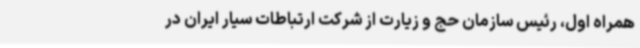
همراه اول، رئیس سازمان حج و زیارت از شرکت ارتباطات سیار ایران در